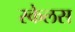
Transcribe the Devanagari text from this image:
स्केलस